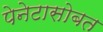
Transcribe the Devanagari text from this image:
पेनेटासोबत